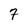
Character: 7